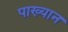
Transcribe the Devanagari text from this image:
पाख्यान